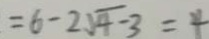
= 6 - 2 \sqrt { 4 - 3 } = 4